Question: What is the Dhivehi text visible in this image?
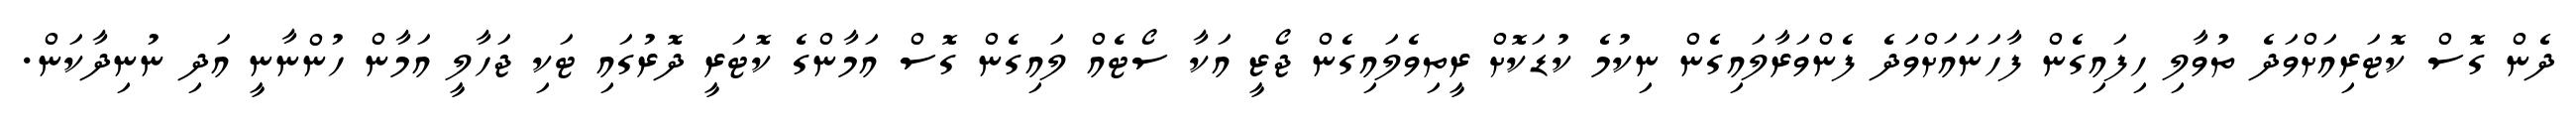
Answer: ދެން ގޮސް ކޮޓަރިއަށްވަދެ ތުވާލި ހިފައިގެން ފާހަނައަށްވަދެ ފެންވަރާލައިގެން ނިކުމެ ކުޑަކޮށް ރީތިވެލައިގެން ޖޯޒީ އަކާ ސޯޓެއް ލައިގެން ގޮސް އަމާންގެ ކޮޓަރީ ދޮރުގައި ޓަކި ޖަހާލީ އަމާން ހުންނާނީ އަދި ނުނިދާކަން.